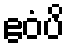
ဧဝံပိ